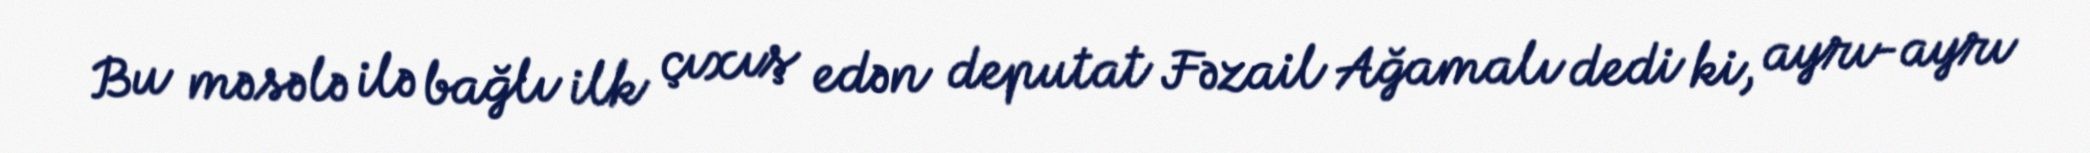
Bu məsələ ilə bağlı ilk çıxış edən deputat Fəzail Ağamalı dedi ki, ayrı-ayrı